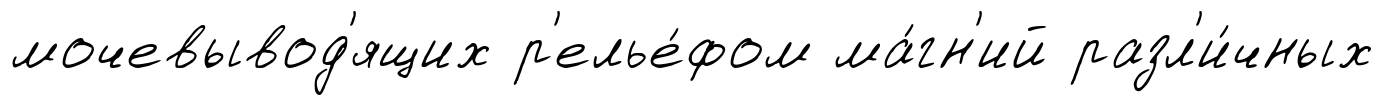
мочевывод'ящих р'елье́фом ма́гн'ий разл'и́чных